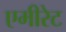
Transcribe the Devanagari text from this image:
एमीरेट